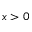
x > 0